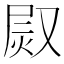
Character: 𤈫